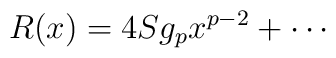
R(x) = 4S g_{p} x^{p-2} + \cdots